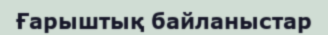
Ғарыштық байланыстар